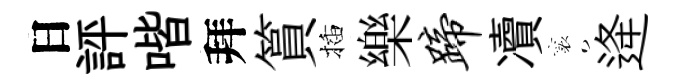
日評喈拜篔插樂蹄凟襄逄